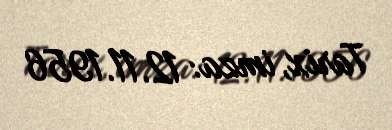
Tarix, imza: 12.11.1956